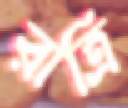
রাত্রি